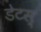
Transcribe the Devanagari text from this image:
डेटस्‌